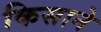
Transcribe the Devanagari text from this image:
किसाने